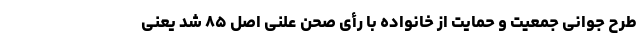
طرح جوانی جمعیت و حمایت از خانواده با رأی صحن علنی اصل ۸۵ شد یعنی